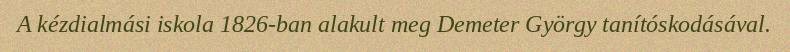
A kézdialmási iskola 1826-ban alakult meg Demeter György tanítóskodásával.